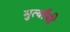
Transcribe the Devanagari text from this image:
मुर्त्यांची